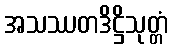
အသဿတဒိဋ္ဌိသုတ္တံ